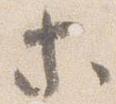
等